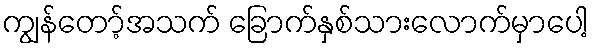
ကျွန်တော့်အသက် ခြောက်နှစ်သားလောက်မှာပေါ့